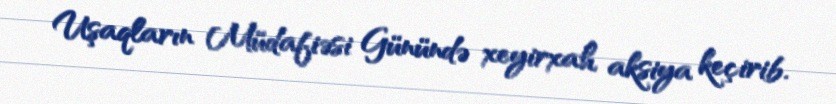
Uşaqların Müdafiəsi Günündə xeyirxah aksiya keçirib.